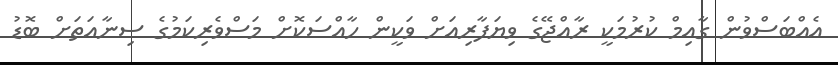
އެއްބަަސްވުން ގާއިމް ކުރުމަކީ ރާއްޖޭގެ ވިޔަފާރިއަށް ވަކީން ހާއްސަކޮށް މަސްވެރިކަމުގެ ސިނާއަތަށް ބޮޑު